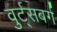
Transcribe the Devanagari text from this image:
वुर्ट्‌सबर्ग